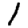
Digit: 1